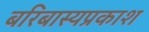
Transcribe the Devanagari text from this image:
बरिबास्यप्रकाश